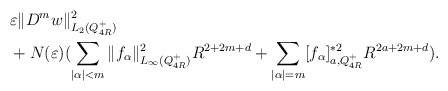
\begin{align*}&\varepsilon \|D^m w\|^2_{L_2(Q_{4R}^+)} \\&+N(\varepsilon)(\sum_{|\alpha|<m} \|f_\alpha\|^2_{L_\infty(Q_{4R}^+)}R^{2+2m+d}+\sum_{|\alpha|=m}[f_\alpha]_{a, Q_{4R}^+}^{\ast2}R^{2a+2m+d}).\end{align*}